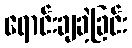
ရောင်းချခဲ့ခြင်း